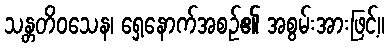
သန္တတိဝသေန၊ ရှေ့နောက်အစဉ်၏ အစွမ်းအားဖြင့်။